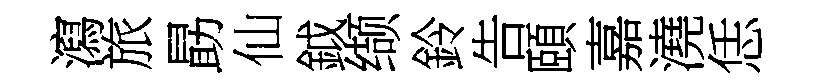
瀉旅勗仙鉞缬鈴告頤嘉澆恁